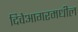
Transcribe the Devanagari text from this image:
दिवेआगरमधील